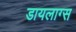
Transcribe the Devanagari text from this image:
डायलाग्स